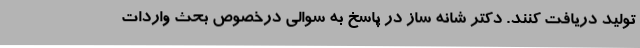
تولید دریافت کنند. دکتر شانه ‌ساز در پاسخ به سوالی درخصوص بحث واردات